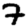
Digit: 7